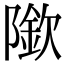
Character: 𨼌